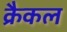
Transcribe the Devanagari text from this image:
क्रैकल